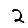
Digit: 2